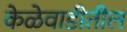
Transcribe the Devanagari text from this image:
केळेवाडीतील